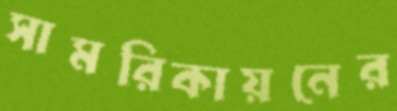
সামরিকায়নের